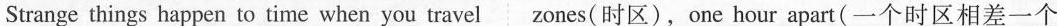
Strange things happen to time when you travel